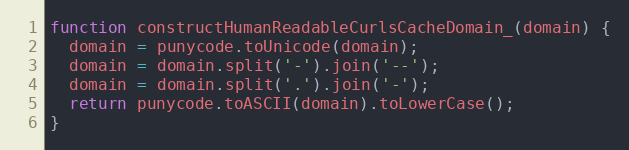
Language: JavaScript
function constructHumanReadableCurlsCacheDomain_(domain) {
  domain = punycode.toUnicode(domain);
  domain = domain.split('-').join('--');
  domain = domain.split('.').join('-');
  return punycode.toASCII(domain).toLowerCase();
}